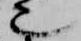
也